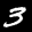
Label: 3